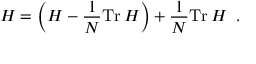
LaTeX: H = \left( H - { \frac { 1 } { N } } \mathrm { T r } \, H \right) + { \frac { 1 } { N } } \mathrm { T r } \, H \; \; .